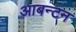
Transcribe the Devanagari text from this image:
आबन्टन